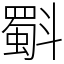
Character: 斣